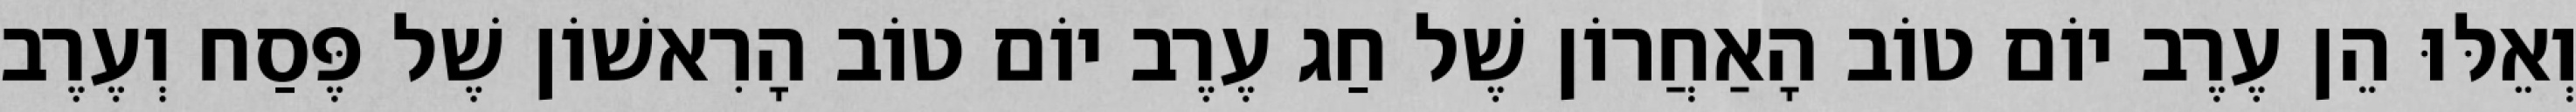
וְאֵלּוּ הֵן עֶרֶב יוֹם טוֹב הָאַחֲרוֹן שֶׁל חַג עֶרֶב יוֹם טוֹב הָרִאשׁוֹן שֶׁל פֶּסַח וְעֶרֶב